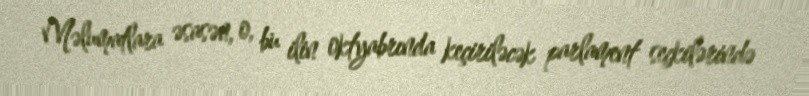
Məlumatlara əsasən, o, bu ilin oktyabrında keçiriləcək parlament seçkilərində